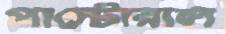
পাস্টোরাল